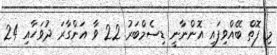
މި ފޮތް ބޭއްވިފައި އޮންނާނީ ޑިސެމްބަރު 22 ވާ އަންގާރަ ދުވަހާއި 24